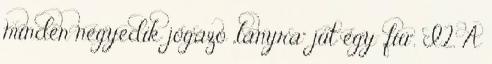
minden negyedik jógázó „lányra” jut egy „fiú”. I.2. A